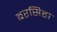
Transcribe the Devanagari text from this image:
बरसिहा